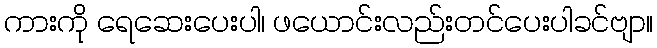
ကားကို ရေဆေးပေးပါ၊ ဖယောင်းလည်းတင်ပေးပါခင်ဗျာ။